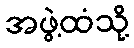
အဖွဲ့ထံသို့